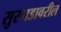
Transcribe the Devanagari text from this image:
सुरगडावरील